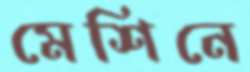
মেশিনে